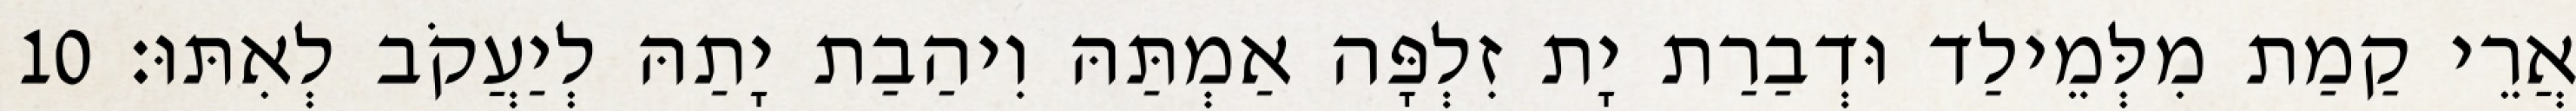
אֲרֵי קַמַת מִלְּמֵילַד וּדְבַרַת יָת זִלְפָּה אַמְתַּהּ וִיהַבַת יָתַהּ לְיַעֲקֹב לְאִתּוּ׃ 10